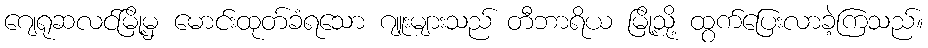
ဂျေရုဆလင်မြို့မှ မောင်းထုတ်ခံရသော ဂျူးများသည် တီဘာရိယ မြို့သို့ ထွက်ပြေးလာခဲ့ကြသည်။